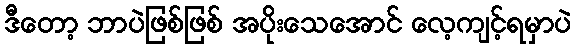
ဒီတော့ ဘာပဲဖြစ်ဖြစ် အပိုးသေအောင် လေ့ကျင့်ရမှာပဲ